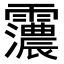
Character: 𮦽